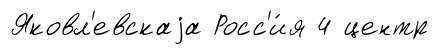
Яковл'евскаjа Росс'и́я 4 центр